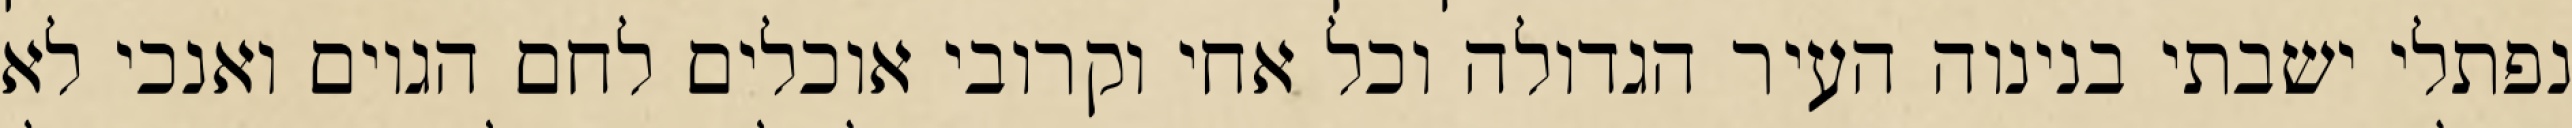
נפתלי ישבתי בנינוה העיר הגדולה וכל אחי וקרובי אוכלים לחם הגוים ואנכי לא